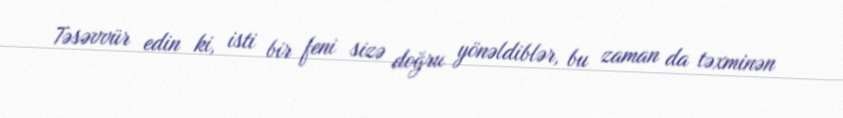
Təsəvvür edin ki, isti bir feni sizə doğru yönəldiblər, bu zaman da təxminən